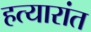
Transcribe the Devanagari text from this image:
हत्यारांत